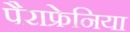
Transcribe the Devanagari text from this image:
पैराफ्रेनिया